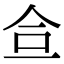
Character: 鿖